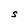
Character: S